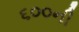
૬૦૦ની